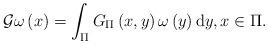
LaTeX: \begin{align*}\mathcal{G} \omega \left( x \right) =\int_{\Pi}{G_{\Pi}\left( x,y \right) \omega \left( y \right) \mathrm{d}y, x\in \Pi .}\end{align*}